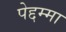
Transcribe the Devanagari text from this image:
पेद्दम्मा